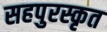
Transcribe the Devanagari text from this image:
सहपुरस्कृत